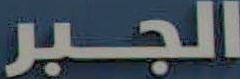
الجبر